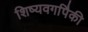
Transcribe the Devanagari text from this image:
शिष्यवर्गापैकी